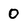
Character: 0